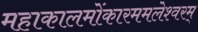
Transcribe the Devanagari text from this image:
महाकालमोंकारममलेश्वरम्